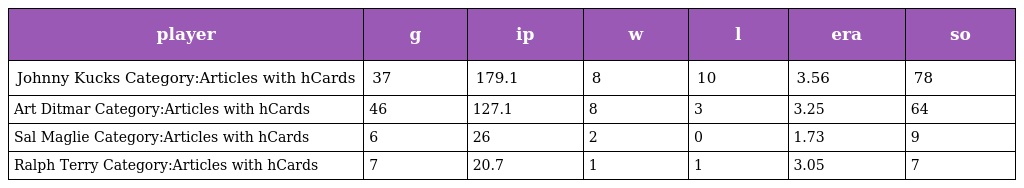
| player | g | ip | w | l | era | so |
 | --- | --- | --- | --- | --- | --- | --- |
 | Johnny Kucks Category:Articles with hCards | 37 | 179.1 | 8 | 10 | 3.56 | 78 |
 | Art Ditmar Category:Articles with hCards | 46 | 127.1 | 8 | 3 | 3.25 | 64 |
 | Sal Maglie Category:Articles with hCards | 6 | 26 | 2 | 0 | 1.73 | 9 |
 | Ralph Terry Category:Articles with hCards | 7 | 20.7 | 1 | 1 | 3.05 | 7 |